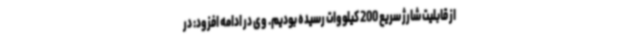
از قابلیت شارژ سریع 200 کیلووات رسیده بودیم. وی در ادامه افزود: در